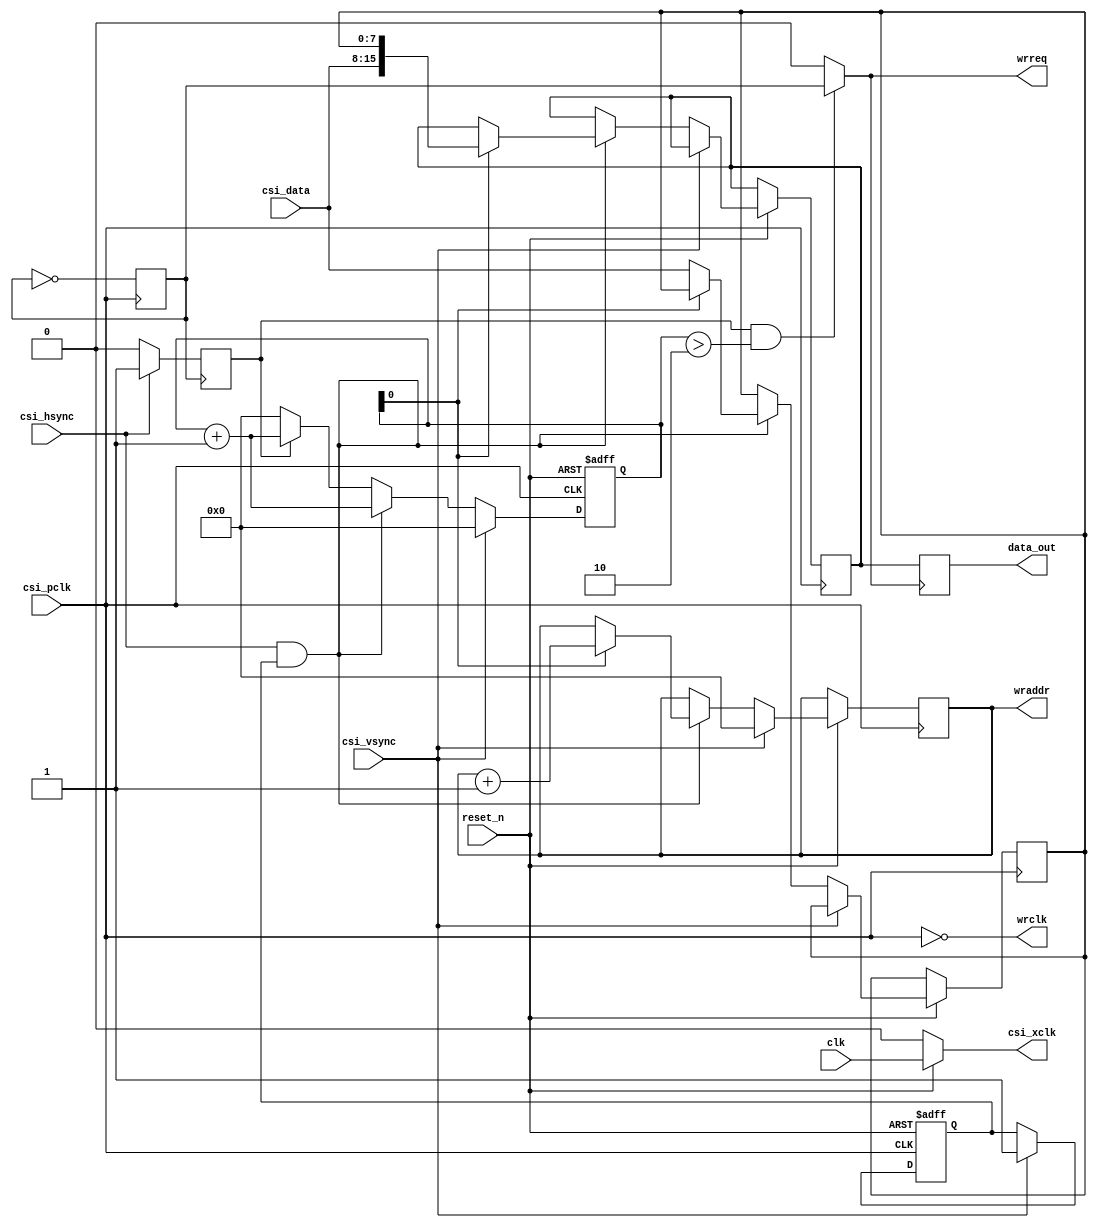
`timescale 1ns/ 1ps

module camera_reader
(
	input 	wire 		clk,
	input 	wire 		reset_n,
	
	output 	wire 		csi_xclk,
	
	input 	wire 		csi_pclk,
	input 	wire [7:0] 	csi_data,
	input 	wire 		csi_vsync,
	input 	wire 		csi_hsync,
	
	output 	reg  [15:0] data_out = 0,
	output 	wire 		wrreq,
	output 	wire 		wrclk,
	output 	reg  [19:0]	wraddr
);

reg [19:0] pixel_counter = 0;
assign csi_xclk  = (reset_n == 1) ? clk : 0;
reg vsync_passed = 0;
reg write_pixel  = 0;
reg [7:0] 	subpixel;
reg [15:0] 	current_pixel;
reg wrclk1 = 0;

always@(posedge csi_pclk)
begin
	wrclk1 <= ~wrclk1;
end

always@(negedge wrclk1)
begin
	if(csi_hsync == 1)
		write_pixel <= 1;
	else
		write_pixel <= 0;
end

always@(posedge wrreq )
begin
	data_out <= current_pixel;
end

always@(posedge csi_pclk or negedge reset_n)
begin
	if(reset_n == 0)
	begin
		pixel_counter <= 0;
		vsync_passed <= 0;
	end
	else
	begin
		if(csi_vsync == 1)
		begin
			pixel_counter <= 0;
			vsync_passed <= 1;
			wraddr <= 0;
		end
		else
			if(csi_hsync == 1 && vsync_passed == 1)
			begin
				if(pixel_counter[0] == 0)
				begin
					pixel_counter <= pixel_counter + 1;
					subpixel <= csi_data;
				end
				else
				begin
					//current_pixel <= { subpixel, csi_data };
					current_pixel <= { csi_data , subpixel };
					pixel_counter <= pixel_counter + 1;
					wraddr <= wraddr + 1;
				end
			end
			else
			begin
				if(write_pixel == 1)
					pixel_counter <= pixel_counter + 1;
				else
					pixel_counter <= 0;
			end
	end
end


assign wrreq = (write_pixel == 1) && pixel_counter > 2 ? wrclk1 : 0;
assign wrclk = ~csi_pclk;//~csi_pclk;

endmodule